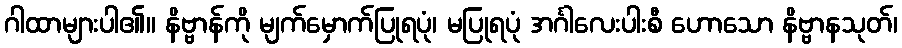
ဂါထာများပါ၏။ နိဗ္ဗာန်ကို မျက်မှောက်ပြုရပုံ၊ မပြုရပုံ အင်္ဂါလေးပါးစီ ဟောသော နိဗ္ဗာနသုတ်၊